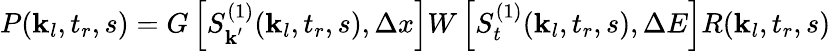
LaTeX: P(\textbf{k}_{l},t_{r},s)=G\left[S_{\textbf{k}^{\prime}}^{(1)}(\textbf{k}_{l},t_{r},s),\Delta x\right]W\left[S_{t}^{(1)}(\textbf{k}_{l},t_{r},s),\Delta E\right]R(\textbf{k}_{l},t_{r},s)